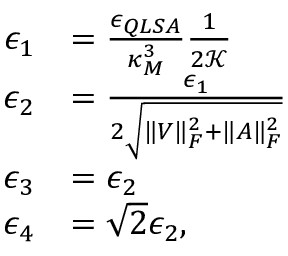
\begin{array} { r l } { \epsilon _ { 1 } } & { = \frac { \epsilon _ { Q L S A } } { \kappa _ { M } ^ { 3 } } \frac { 1 } { 2 \mathcal { K } } } \\ { \epsilon _ { 2 } } & { = \frac { \epsilon _ { 1 } } { 2 \sqrt { \| V \| _ { F } ^ { 2 } + \| A \| _ { F } ^ { 2 } } } } \\ { \epsilon _ { 3 } } & { = \epsilon _ { 2 } } \\ { \epsilon _ { 4 } } & { = \sqrt { 2 } \epsilon _ { 2 } , } \end{array}